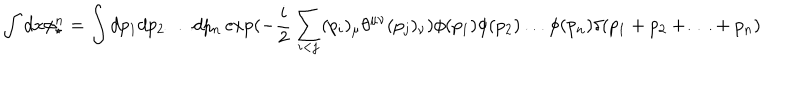
\int d x \phi _ { \star } ^ { n } = \int d p _ { 1 } d p _ { 2 } \ldots d p _ { n } \exp ( - \frac { i } { 2 } \sum _ { i < j } ( p _ { i } ) _ { \mu } \theta ^ { \mu \nu } ( p _ { j } ) _ { \nu } ) \phi ( p _ { 1 } ) \phi ( p _ { 2 } ) \ldots \phi ( p _ { n } ) \delta ( p _ { 1 } + p _ { 2 } + \ldots + p _ { n } )